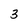
Character: 3